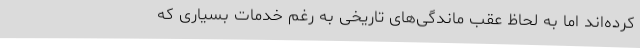
کرده‌اند اما به لحاظ عقب ماندگی‌های تاریخی به رغم خدمات بسیاری که